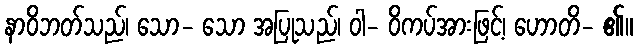
နာဝိဘတ်သည်၊ သော- သော အပြုသည်၊ ဝါ- ဝိကပ်အားဖြင့်၊ ဟောတိ- ၏။